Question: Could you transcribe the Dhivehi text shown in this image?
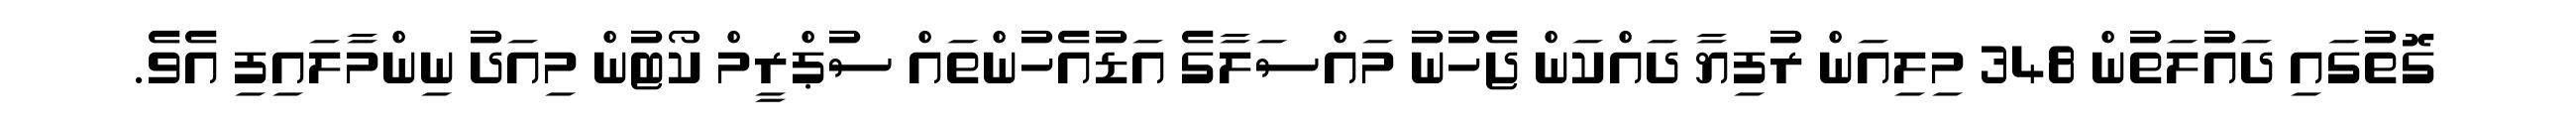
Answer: ގޮތުގައި ދައުލަތުން 348 މިލިއަން ރުފިޔާ ދައްކަން ޖެހުނު މައްސަލާގެ އަޑުއެހުންތައް ސުޕްރީމް ކޯޓުން މިއަދު ނިންމާލައިފި އެވެ.